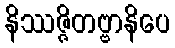
နိဿဇ္ဇိတဗ္ဗာနိပေ